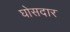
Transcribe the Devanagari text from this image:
घोसदार